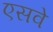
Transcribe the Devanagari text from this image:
एसवे